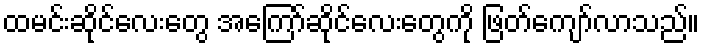
ထမင်းဆိုင်လေးတွေ အကြော်ဆိုင်လေးတွေကို ဖြတ်ကျော်လာသည်။